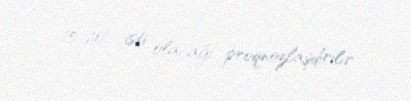
15-20° isti olacağı proqnozlaşdırılır.